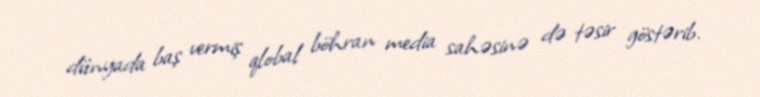
dünyada baş vermiş qlobal böhran media sahəsinə də təsir göstərib.